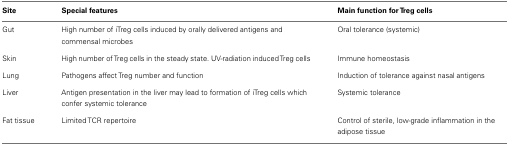
<table><thead><tr><td><b>Site</b></td><td><b>Special features</b></td><td><b>Main function for Treg cells</b></td></tr></thead><tbody><tr><td>Gut</td><td>High number of iTreg cells induced by orally delivered antigens and commensal microbes</td><td>Oral tolerance (systemic)</td></tr><tr><td>Skin</td><td>High number of Treg cells in the steady state. UV-radiation induced Treg cells</td><td>Immune homeostasis</td></tr><tr><td>Lung</td><td>Pathogens affect Treg number and function</td><td>Induction of tolerance against nasal antigens</td></tr><tr><td>Liver</td><td>Antigen presentation in the liver may lead to formation of iTreg cells which confer systemic tolerance</td><td>Systemic tolerance</td></tr><tr><td>Fat tissue</td><td>Limited TCR repertoire</td><td>Control of sterile, low-grade inflammation in the adipose tissue</td></tr></tbody></table>